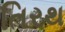
તિરથ